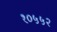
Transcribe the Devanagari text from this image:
१०५५२